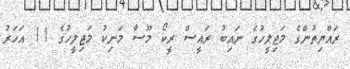
ރައްޔިތުންގެ މަޖިލީހުގެ ނައިބު ރައީސް ރީކޯ މޫސާ މަނިކު މަޖިލީހުގެ 11 އަހަރު